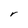
Character: r